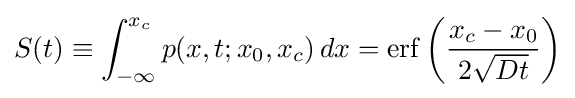
S(t)\equiv \int _{-\infty }^{x_{c}}p(x,t;x_{0},x_{c})\,dx=\operatorname {erf} \left({\frac {x_{c}-x_{0}}{2{\sqrt {Dt}}}}\right)